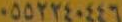
٠٥٥٢٢٤٠٤٤٦